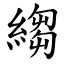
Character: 縐